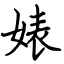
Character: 婊